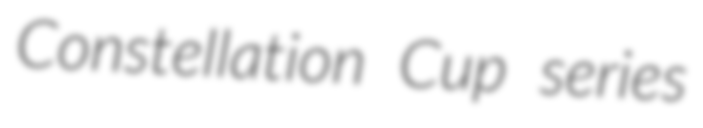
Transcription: Constellation Cup series